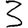
Digit: 3